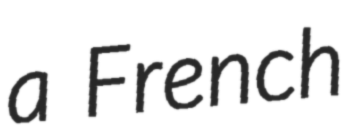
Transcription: a French